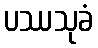
ပဿသုခံ